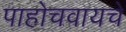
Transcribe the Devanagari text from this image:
पाहोचवायचे